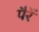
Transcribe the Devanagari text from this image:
पैरें